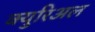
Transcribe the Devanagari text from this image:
क्युरिअल